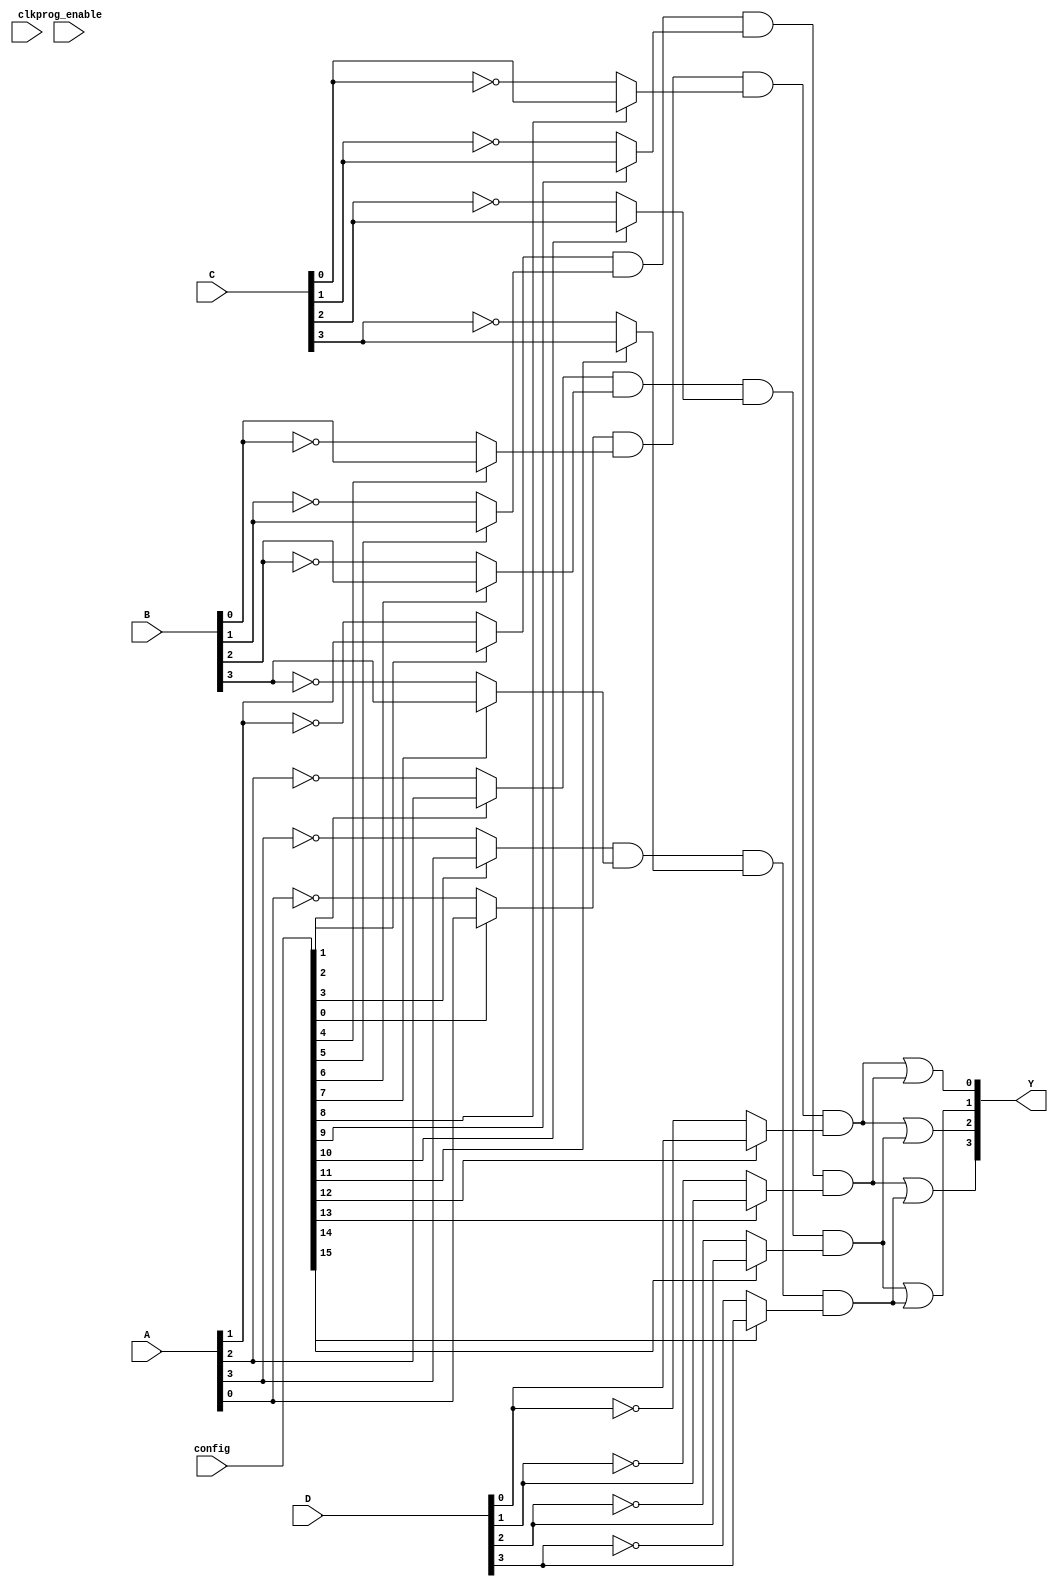
module FlashProgrammablePAL (
    input wire [3:0] A,    // Input lines (A, B, C, D)
    input wire [3:0] B,    // Additional input lines (if needed)
    input wire [3:0] C,    // Additional input lines (if needed)
    input wire [3:0] D,    // Additional input lines (if needed)
    input wire [15:0] config, // Configuration bits for AND gates
    input wire clk,         // Clock signal for programming
    input wire prog_enable, // Enable signal for programming
    output wire [3:0] Y     // Output lines (Y1, Y2, Y3, Y4)
);

// Parameters
parameter NUM_AND_GATES = 4; // Number of programmable AND gates
parameter NUM_OUTPUTS = 4;    // Number of outputs

// Internal signals for AND gates
wire [NUM_AND_GATES-1:0] and_out; // Outputs from AND gates

// Programmable AND gates
genvar i;
generate
    for (i = 0; i < NUM_AND_GATES; i = i + 1) begin : and_gates
        wire a_in = (config[i] == 1'b1) ? A[i] : ~A[i]; // Programmed input
        wire b_in = (config[i+NUM_AND_GATES] == 1'b1) ? B[i] : ~B[i]; // Programmed input
        wire c_in = (config[i+2*NUM_AND_GATES] == 1'b1) ? C[i] : ~C[i]; // Programmed input
        wire d_in = (config[i+3*NUM_AND_GATES] == 1'b1) ? D[i] : ~D[i]; // Programmed input
        
        assign and_out[i] = a_in & b_in & c_in & d_in; // AND operation
    end
endgenerate

// Fixed OR array
assign Y[0] = and_out[0] | and_out[1]; // Example OR logic
assign Y[1] = and_out[2] | and_out[3]; // Example OR logic
assign Y[2] = and_out[0] | and_out[2]; // Example OR logic
assign Y[3] = and_out[1] | and_out[3]; // Example OR logic

// Control Logic for Programming (simplified)
always @(posedge clk) begin
    if (prog_enable) begin
        // Logic to program the AND gates based on the config input
        // This would typically involve writing to flash memory in a real implementation
    end
end

endmodule